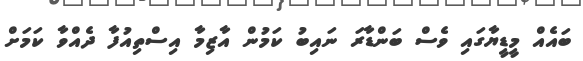
ބައެއް މީޑީޔާގައި ވެސް ބަންޑާރަ ނައިބު ކަމުން އާޒިމާ އިސްތިއުފާ ދެއްވާ ކަމަށް